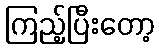
ကြည့်ပြီးတော့